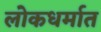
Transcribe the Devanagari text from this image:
लोकधर्मात